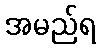
အမည်ရ